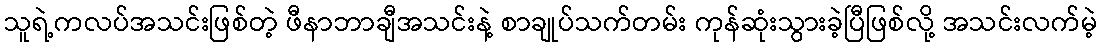
သူရဲ့ကလပ်အသင်းဖြစ်တဲ့ ဖီနာဘာချီအသင်းနဲ့ စာချုပ်သက်တမ်း ကုန်ဆုံးသွားခဲ့ပြီဖြစ်လို့ အသင်းလက်မဲ့